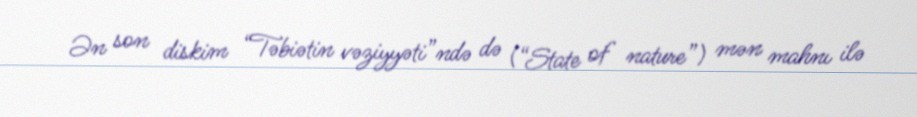
Ən son diskim “Təbiətin vəziyyəti”ndə də (“State of nature”) mən mahnı ilə